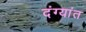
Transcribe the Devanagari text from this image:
दंग्यांत